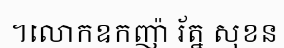
។លោកឧកញ៉ា រ័ត្ន សុខន